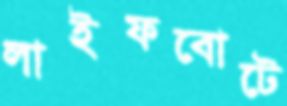
লাইফবোটে